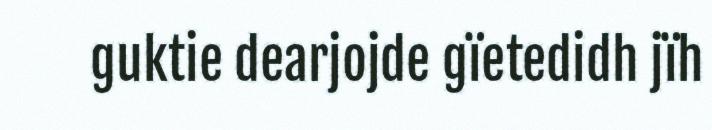
guktie dearjojde gïetedidh jïh